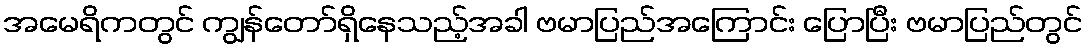
အမေရိကတွင် ကျွန်တော်ရှိနေသည့်အခါ ဗမာပြည်အကြောင်း ပြောပြီး ဗမာပြည်တွင်